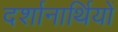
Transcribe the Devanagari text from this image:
दर्शानार्थियों